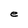
Character: e